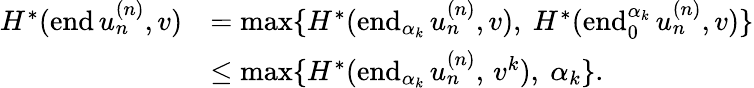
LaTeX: \begin{array}{rl}{H^{*}(\mathrm{end}\, u_{n}^{(n)},v)}&{=\operatorname*{max}\{ H^{*}(\mathrm{end}_{\alpha_{k}}\, u_{n}^{(n)},v),\ H^{*}(\mathrm{end}_{0}^{\alpha_{k}}\, u_{n}^{(n)},v)\} }\\ &{\leq\operatorname*{max}\{ H^{*}(\mathrm{end}_{\alpha_{k}}\, u_{n}^{(n)},\, v^{k}),\ \alpha_{k}\} .}\end{array}